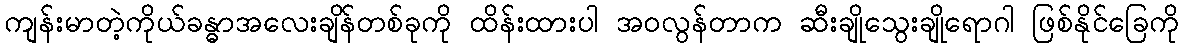
ကျန်းမာတဲ့ကိုယ်ခန္ဓာအလေးချိန်တစ်ခုကို ထိန်းထားပါ အဝလွန်တာက ဆီးချိုသွေးချိုရောဂါ ဖြစ်နိုင်ခြေကို